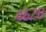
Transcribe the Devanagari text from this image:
४६२८